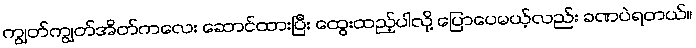
ကျွတ်ကျွတ်အိတ်ကလေး ဆောင်ထားပြီး ထွေးထည့်ပါလို့ ပြောပေမယ့်လည်း ခဏပဲရတယ်။